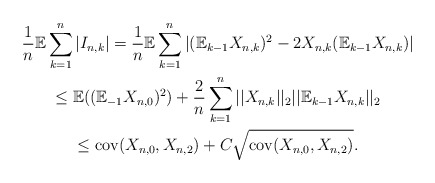
\begin{gather*}\frac{1}{n}\mathbb{E}\sum_{k=1}^{n}|I_{n,k}|=\frac{1}{n}\mathbb{E}\sum_{k=1}^{n}|(\mathbb{E}_{k-1}X_{n,k})^{2}-2X_{n,k}(\mathbb{E}_{k-1}X_{n,k})|\\\leq\mathbb{E}((\mathbb{E}_{-1}X_{n,0})^{2})+\frac{2}{n}\sum_{k=1}^{n}||X_{n,k}||_{2}||\mathbb{E}_{k-1}X_{n,k}||_{2}\\\leq\mathrm{cov}(X_{n,0},X_{n,2})+C\sqrt{\mathrm{cov}(X_{n,0},X_{n,2})}.\end{gather*}